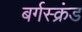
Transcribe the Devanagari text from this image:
बर्गस्क्रंड